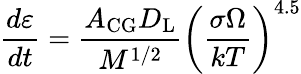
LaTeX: {\frac{d\varepsilon}{dt}}={\frac{A_{\mathrm{{CG}}}D_{\mathrm{{L}}}}{M^{1/2}}}\left({\frac{\sigma\Omega}{kT}}\right)^{4.5}